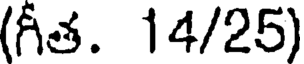
(గీత. 14/25)